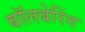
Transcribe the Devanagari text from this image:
बॉलबेरिंग